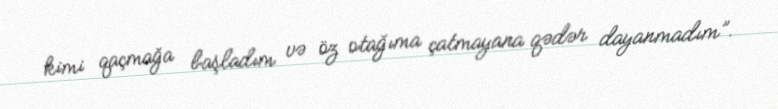
kimi qaçmağa başladım və öz otağıma çatmayana qədər dayanmadım”.